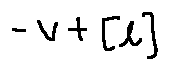
- v + [ l ]